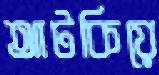
আটকিয়ে